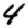
Digit: 4